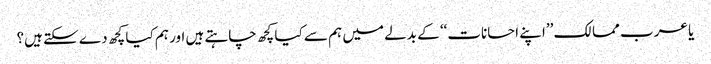
یا عرب ممالک ’’اپنے احسانات‘‘ کے بدلے میں ہم سے کیا کچھ چاہتے ہیں اور ہم کیا کچھ دے سکتے ہیں؟